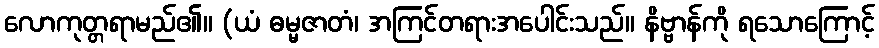
လောကုတ္တရာမည်၏။ (ယံ ဓမ္မဇာတံ၊ အကြင်တရားအပေါင်းသည်။ နိဗ္ဗာန်ကို ရသောကြောင့်